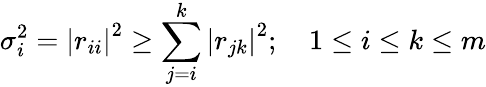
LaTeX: \sigma_{i}^{2}=\left|r_{ii}\right|^{2}\geq\sum_{j=i}^{k}\left|r_{jk}\right|^{2};\quad 1\leq i\leq k\leq m